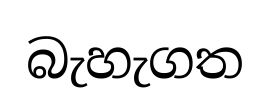
බැහැගත